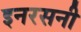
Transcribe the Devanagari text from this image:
इनरसनी